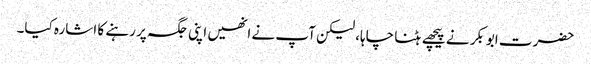
حضرت ابوبکر نے پیچھے ہٹنا چاہا، لیکن آپ نے انھیں اپنی جگہ پر رہنے کا اشارہ کیا۔